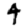
Digit: 4